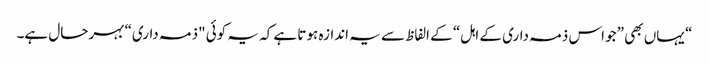
“ یہاں بھی ”جو اس ذمہ داری کے اہل“ کے الفاظ سے یہ اندازہ ہوتا ہے کہ یہ کوئی "ذمہ داری“ بہرحال ہے۔